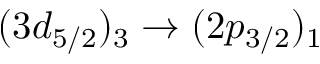
( 3 d _ { 5 / 2 } ) _ { 3 } \rightarrow ( 2 p _ { 3 / 2 } ) _ { 1 }